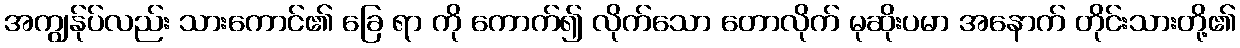
အကျွန်ုပ်လည်း သားကောင်၏ ခြေ ရာ ကို ကောက်၍ လိုက်သော တောလိုက် မုဆိုးပမာ အနောက် တိုင်းသားတို့၏